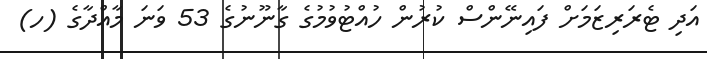
އަދި ޓެރަރިޒަމަށް ފައިނޭންސް ކުރުން ހުއްޓުވުމުގެ ގާނޫނުގެ 53 ވަނަ މާއްދާގެ (ހ)